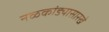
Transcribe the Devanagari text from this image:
नळकांड्यासारखे